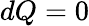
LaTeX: dQ=0